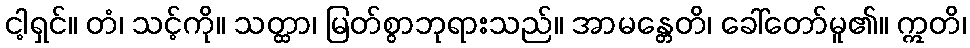
ငါ့ရှင်။ တံ၊ သင့်ကို။ သတ္ထာ၊ မြတ်စွာဘုရားသည်။ အာမန္တေတိ၊ ခေါ်တော်မူ၏။ ဣတိ၊